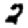
Digit: 2